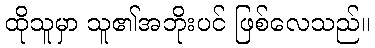
ထိုသူမှာ သူ၏အဘိုးပင် ဖြစ်လေသည်။